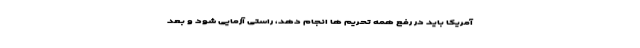
آمریکا باید در رفع همه تحریم ها انجام دهد، راستی آزمایی شود و بعد